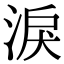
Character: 淚